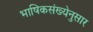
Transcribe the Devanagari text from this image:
भाषिकसंख्येनुसार